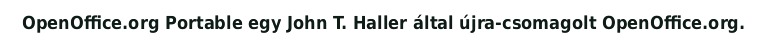
OpenOffice.org Portable egy John T. Haller által újra-csomagolt OpenOffice.org.